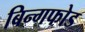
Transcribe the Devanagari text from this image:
बिन्गफोड